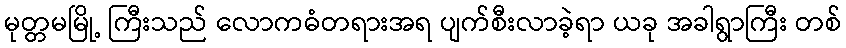
မုတ္တမမြို့ ကြီးသည် လောကဓံတရားအရ ပျက်စီးလာခဲ့ရာ ယခု အခါရွာကြီး တစ်